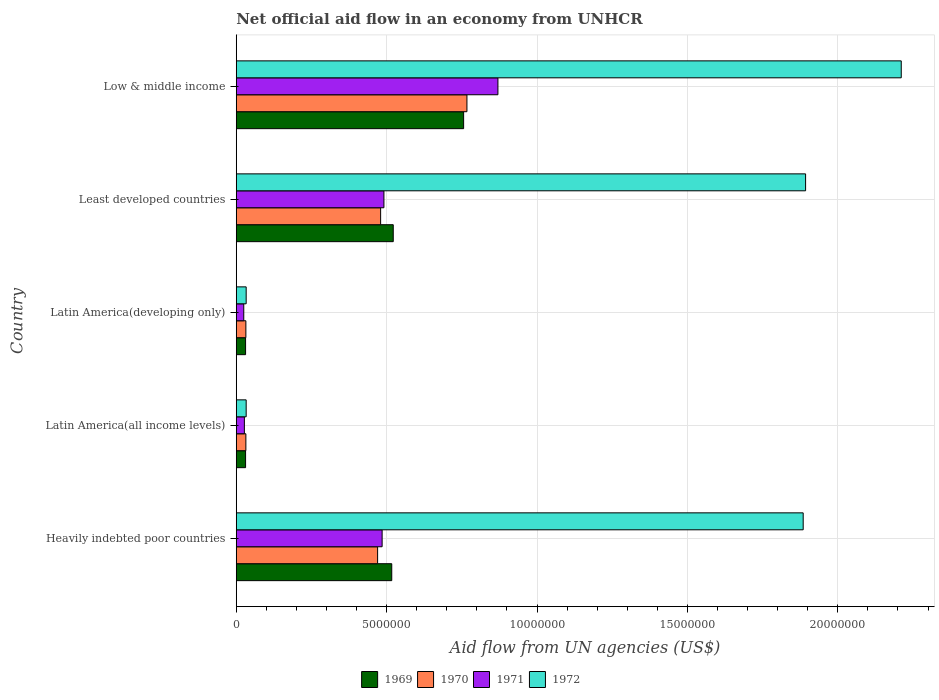
| Country | 1969 | 1970 | 1971 | 1972 |
 | --- | --- | --- | --- | --- |
 | Heavily indebted poor countries | 5.17e+06 | 4.7e+06 | 4.85e+06 | 1.88e+07 |
 | Latin America(all income levels) | 3.1e+05 | 3.2e+05 | 2.7e+05 | 3.3e+05 |
 | Latin America(developing only) | 3.1e+05 | 3.2e+05 | 2.5e+05 | 3.3e+05 |
 | Least developed countries | 5.22e+06 | 4.8e+06 | 4.91e+06 | 1.89e+07 |
 | Low & middle income | 7.56e+06 | 7.67e+06 | 8.7e+06 | 2.21e+07 |